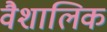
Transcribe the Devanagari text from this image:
वैशालिक